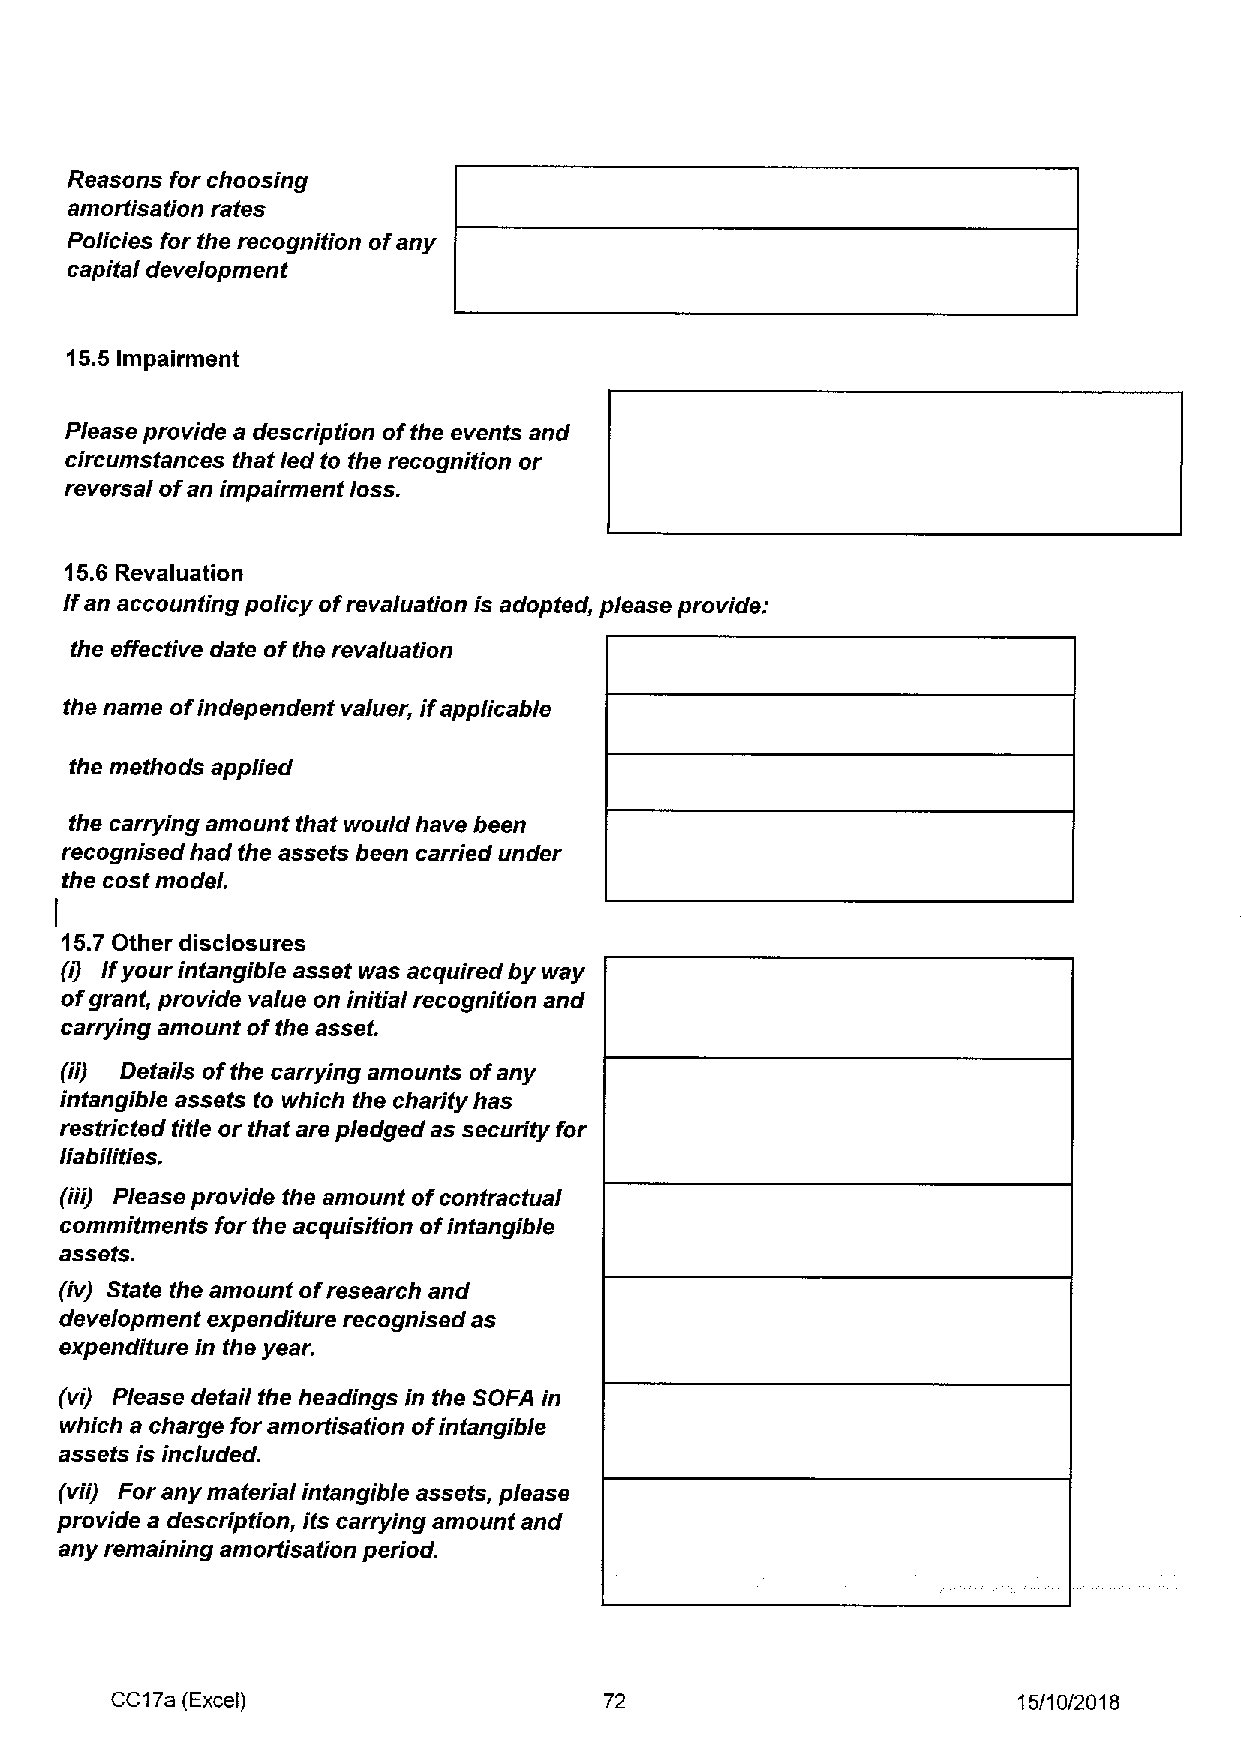
Reasons for choosing
 amortisation rates
 Policies for the recognition ofany
 capital development
 15.5 impairment
 Please provide a description ofthe events and
 circumstances that led to the recognition or
 reversal ofan impairment loss.
 15.6 Revaluation
 Ifan accounting policy ofrevaluation is adopted, please provide:
 the effective date ofthe revaluation
 the name ofindependent valuer, ifapplicable
 the methods applied
 the carrying amount that would have been
 recognised had the assets been carried under
 the cost model.
 15.7 Other disclosures
 (9 Ifyourintangible asset was acquired by way
 ofgrant, provide value on initial recognition and
 carrying amount ofthe asset.
 (ii) Details ofthe carrying amounts ofany
 intangible assets to which the charity has
 restricted title or that are pledged as security for
 liabilities.
 (iii) Please provide the amount ofcontractual
 commitments for the acquisition ofintangible
 assets.
 (iv) State the amount ofresearch and
 development expenditure recognised as
 expenditure in the year.
 (vi) Please detail the headings in the SOFA in
 which a charge for amortisation ofintangible
 assetsis included.
 (vii) For any material intangible assets, please
 provide a description, its carrying amount and
 any remaining amortisation period.
 CC17a (Excell                    72                         15/10/2018